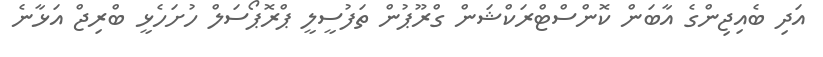
އަދި ބެއިޖިންގެ އާބަން ކޮންސްޓްރަކްޝަން ގްރޫޕުން ތަފުސީލީ ޕްރޮޕޯސަލް ހުށަހެޅީ ބްރިޖް އަޅާނެ